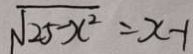
\sqrt { 2 5 - x ^ { 2 } } = x - 1